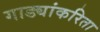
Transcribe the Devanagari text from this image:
गाड्यांकरिता